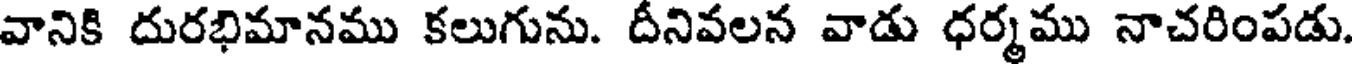
వానికి దురభిమానము కలుగును. దీనివలన వాడు ధర్మము నాచరింపడు.